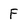
Character: F